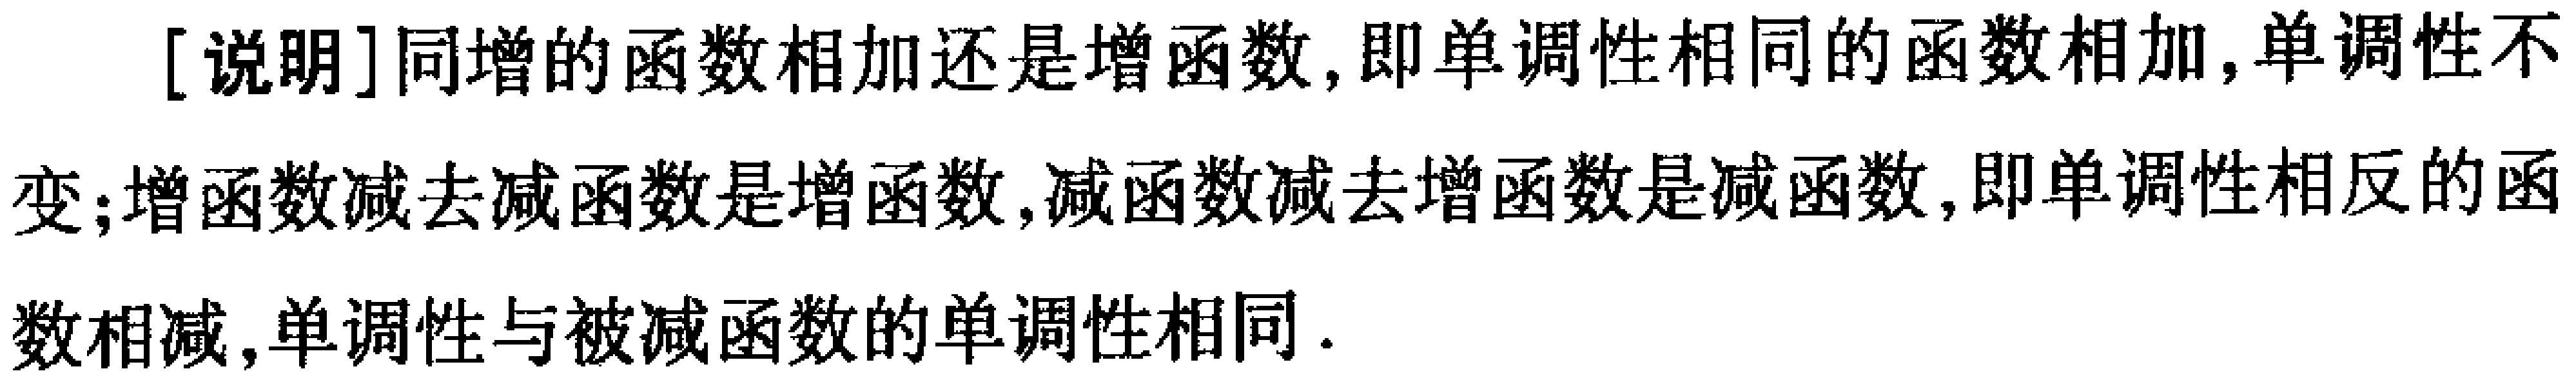
[说明]同增的函数相加还是增函数,即单调性相同的函数相加,单调性不变;增函数减去减函数是增函数,减函数减去增函数是减函数,即单调性相反的函数相减,单调性与被减函数的单调性相同.